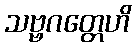
သဗ္ဗဂတ္တေဟိ